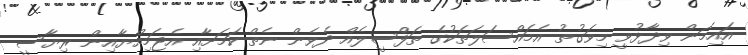
އައިމަން ވިދާޅުވީ މިވަގުތު އެމައްސަލަތަކުގެ ތަފްސީލެއް ދެވެން ނެތް ކަމަށާއި އެޖަމިއްޔާއިން ރިޔާސީ